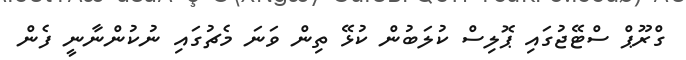
ގްރޫޕް ސްޓޭޖުގައި ޕޮލިސް ކުލަބުން ކުޅޭ ތިން ވަނަ މެޗުގައި ނުކުންނާނީ ފެން